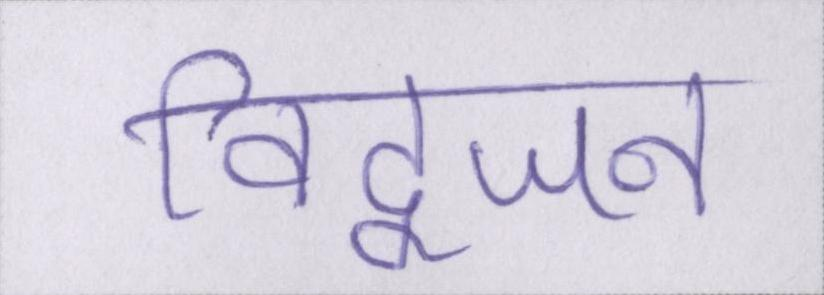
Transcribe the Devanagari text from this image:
विद्वजन